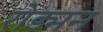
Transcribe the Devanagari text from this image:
रोड्मन